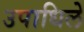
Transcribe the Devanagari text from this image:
उपाधिले